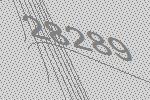
28289